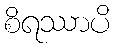
စိရဿာပိ